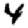
Digit: 4